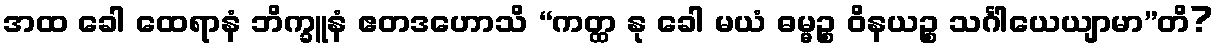
အထ ခေါ ထေရာနံ ဘိက္ခူနံ ဧတဒဟောသိ “ကတ္ထ နု ခေါ မယံ ဓမ္မဉ္စ ဝိနယဉ္စ သင်္ဂါယေယျာမာ”တိ?